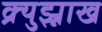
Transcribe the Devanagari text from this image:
क्र्युझ्नाख